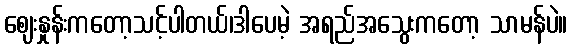
ဈေးနှုန်းကတော့သင့်ပါတယ်၊ဒါပေမဲ့ အရည်အသွေးကတော့ သာမန်ပဲ။